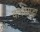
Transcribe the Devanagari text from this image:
वापरसुद्धा